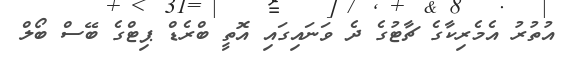
އުތުރު އެމެރިކާގެ ޗާޓުގެ ދެ ވަނައިގައި އޮތީ ބްރެޑް ޕިޓްގެ ބޭސް ބޯލް